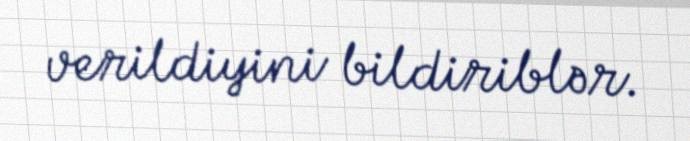
verildiyini bildiriblər.